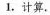
1，计算.